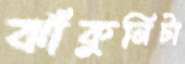
ঝাঁকুনিটা